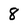
Character: 8